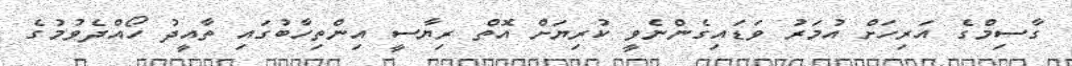
ގާސިމްގެ އަރިހަށް އުމަރު ވަޑައިގެންނެވީ ކުރިޔަށް އޮތް ރިޔާސީ އިންތިހާބުގައި ތާއީދު ހޯއްދެވުމުގެ